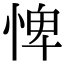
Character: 𢛞